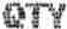
QTY